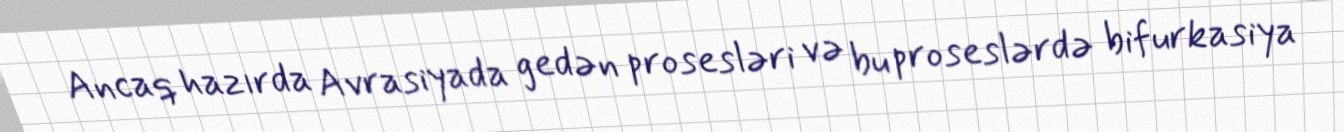
Ancaq hazırda Avrasiyada gedən prosesləri və bu proseslərdə bifurkasiya